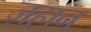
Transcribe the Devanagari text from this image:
ज़हान